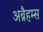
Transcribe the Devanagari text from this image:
अब्रैहम्स